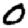
Digit: 0